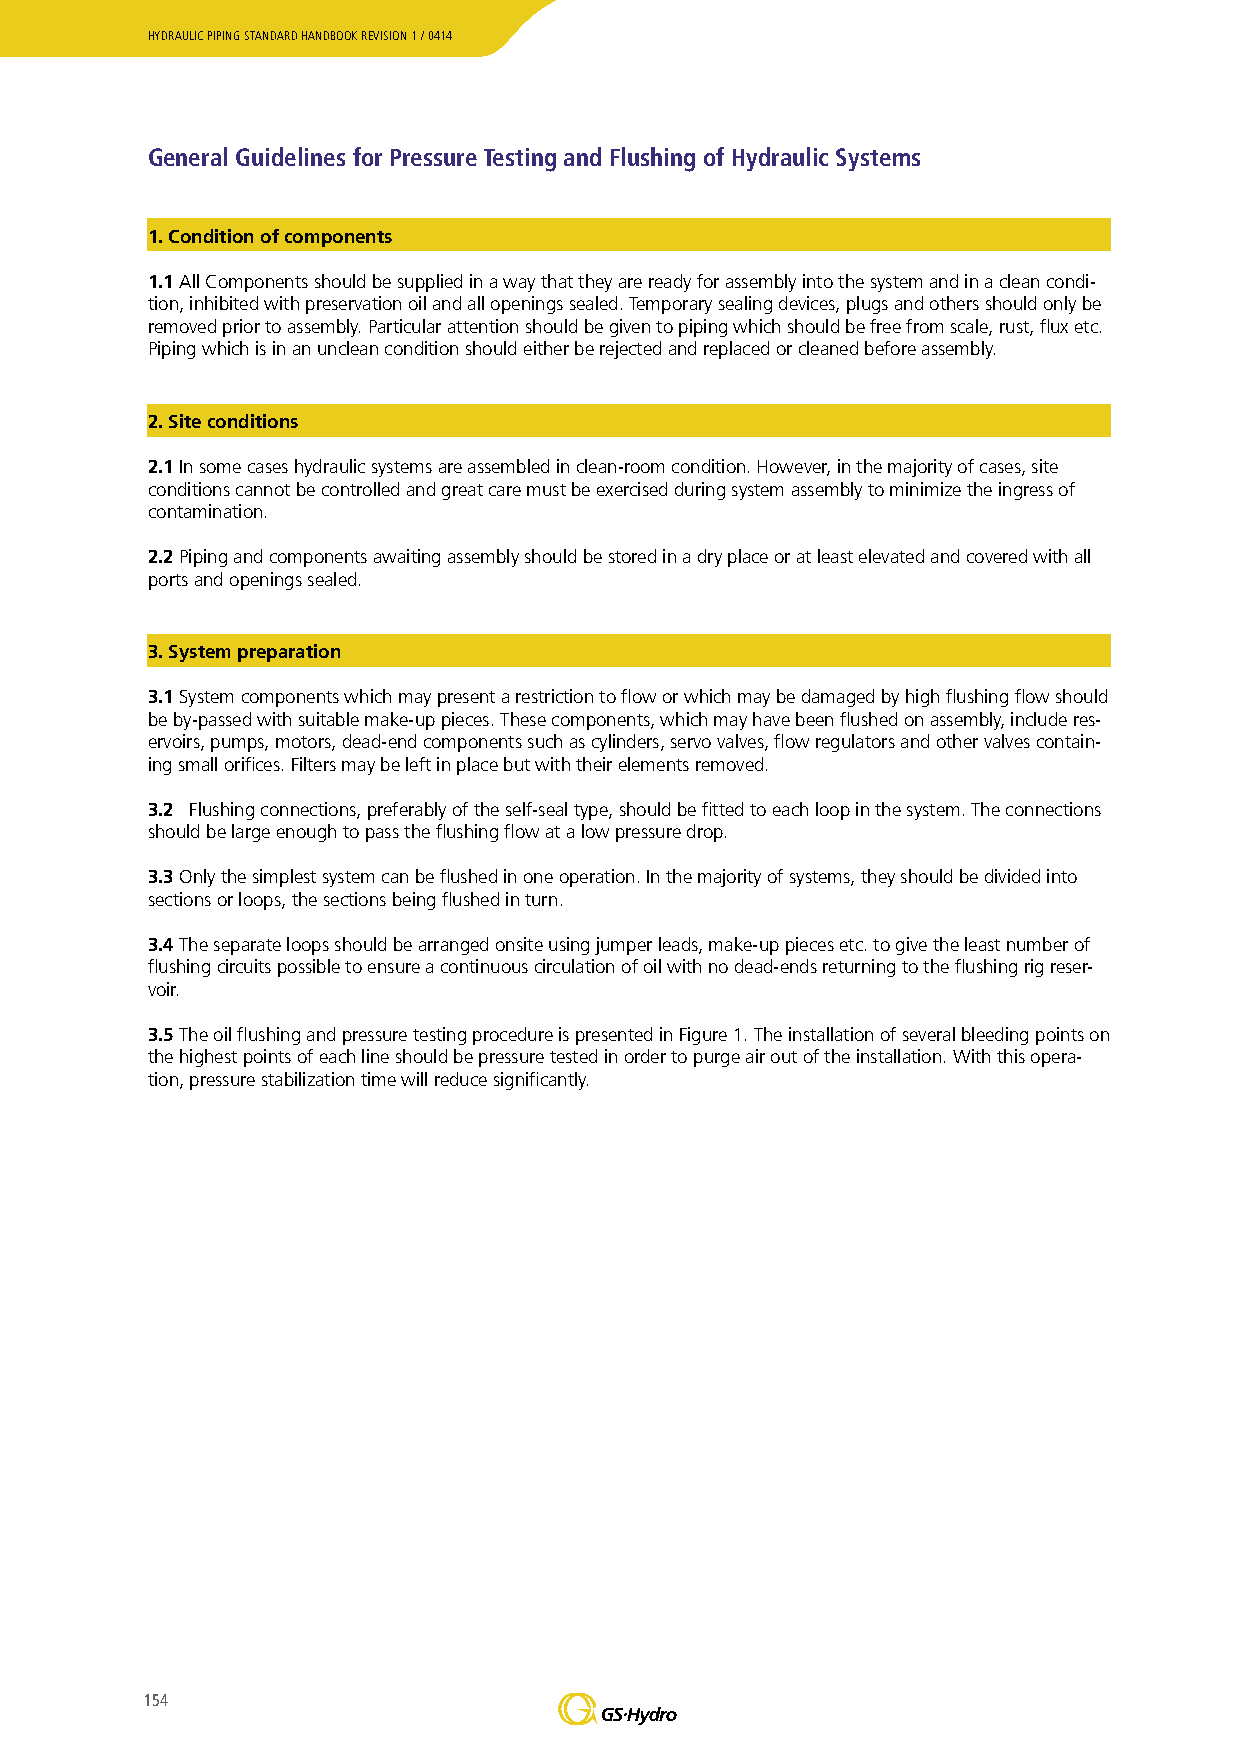
HYDRAULIC PIPING STANDARD HANDBOOK REVISION 1 / 0414
 General Guidelines for Pressure Testing and Flushing of Hydraulic Systems
 1. Condition of components
 1.1 All Components should be supplied in a way that they are ready for assembly into the system and in a clean condi-
 tion, inhibited with preservation oil and all openings sealed. Temporary sealing devices, plugs and others should only be
 removed prior to assembly. Particular attention should be given to piping which should be free from scale, rust, flux etc.
 Piping which is in an unclean condition should either be rejected and replaced or cleaned before assembly.
 2. Site conditions
 2.1 In some cases hydraulic systems are assembled in clean-room condition. However, in the majority of cases, site
 conditions cannot be controlled and great care must be exercised during system assembly to minimize the ingress of
 contamination.
 2.2 Piping and components awaiting assembly should be stored in a dry place or at least elevated and covered with all
 ports and openings sealed.
 3. System preparation
 3.1 System components which may present a restriction to flow or which may be damaged by high flushing flow should
 be by-passed with suitable make-up pieces. These components, which may have been flushed on assembly, include res-
 ervoirs, pumps, motors, dead-end components such as cylinders, servo valves, flow regulators and other valves contain-
 ing small orifices. Filters may be left in place but with their elements removed.
 3.2 Flushing connections, preferably of the self-seal type, should be fitted to each loop in the system. The connections
 should be large enough to pass the flushing flow at a low pressure drop.
 3.3 Only the simplest system can be flushed in one operation. In the majority of systems, they should be divided into
 sections or loops, the sections being flushed in turn.
 3.4 The separate loops should be arranged onsite using jumper leads, make-up pieces etc. to give the least number of
 flushing circuits possible to ensure a continuous circulation of oil with no dead-ends returning to the flushing rig reser-
 voir.
 3.5 The oil flushing and pressure testing procedure is presented in Figure 1. The installation of several bleeding points on
 the highest points of each line should be pressure tested in order to purge air out of the installation. With this opera-
 tion, pressure stabilization time will reduce significantly.
 154